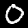
Digit: 0